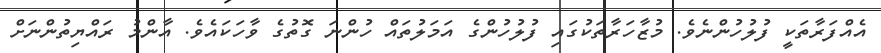
އެއްފަރާތަކީ ފުލުހުންނެވެ. މުޒާހަރާތަކުގައި ފުލުހުންގެ އަމަލުތައް ހުންނަ ގޮތުގެ ވާހަކައެވެ. އާންމު ރައްޔިތުންނަށް